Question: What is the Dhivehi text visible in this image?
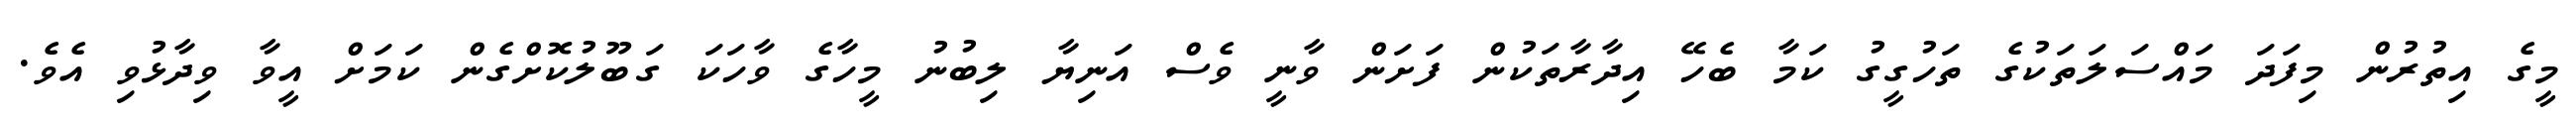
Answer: މީގެ އިތުރުން މިފަދަ މައްސަލަތަކުގެ ތަހުގީގު ކަމާ ބެހޭ އިދާރާތަކުން ފަށަން ވާނީ ވެސް އަނިޔާ ލިބުނު މީހާގެ ވާހަކަ ގަބޫލުކޮށްގެން ކަމަށް އީވާ ވިދާޅުވި އެވެ.